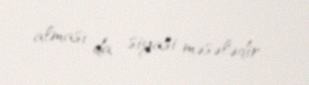
alması da siyasi məsələdir...